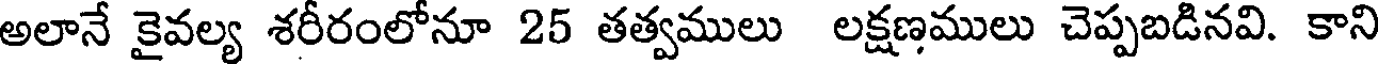
అలానే కైవల్య శరీరంలోనూ 25 తత్వములు లక్షణములు చెప్పబడినవి. కాని